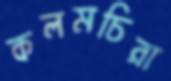
কলমচিরা